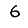
Digit: 6